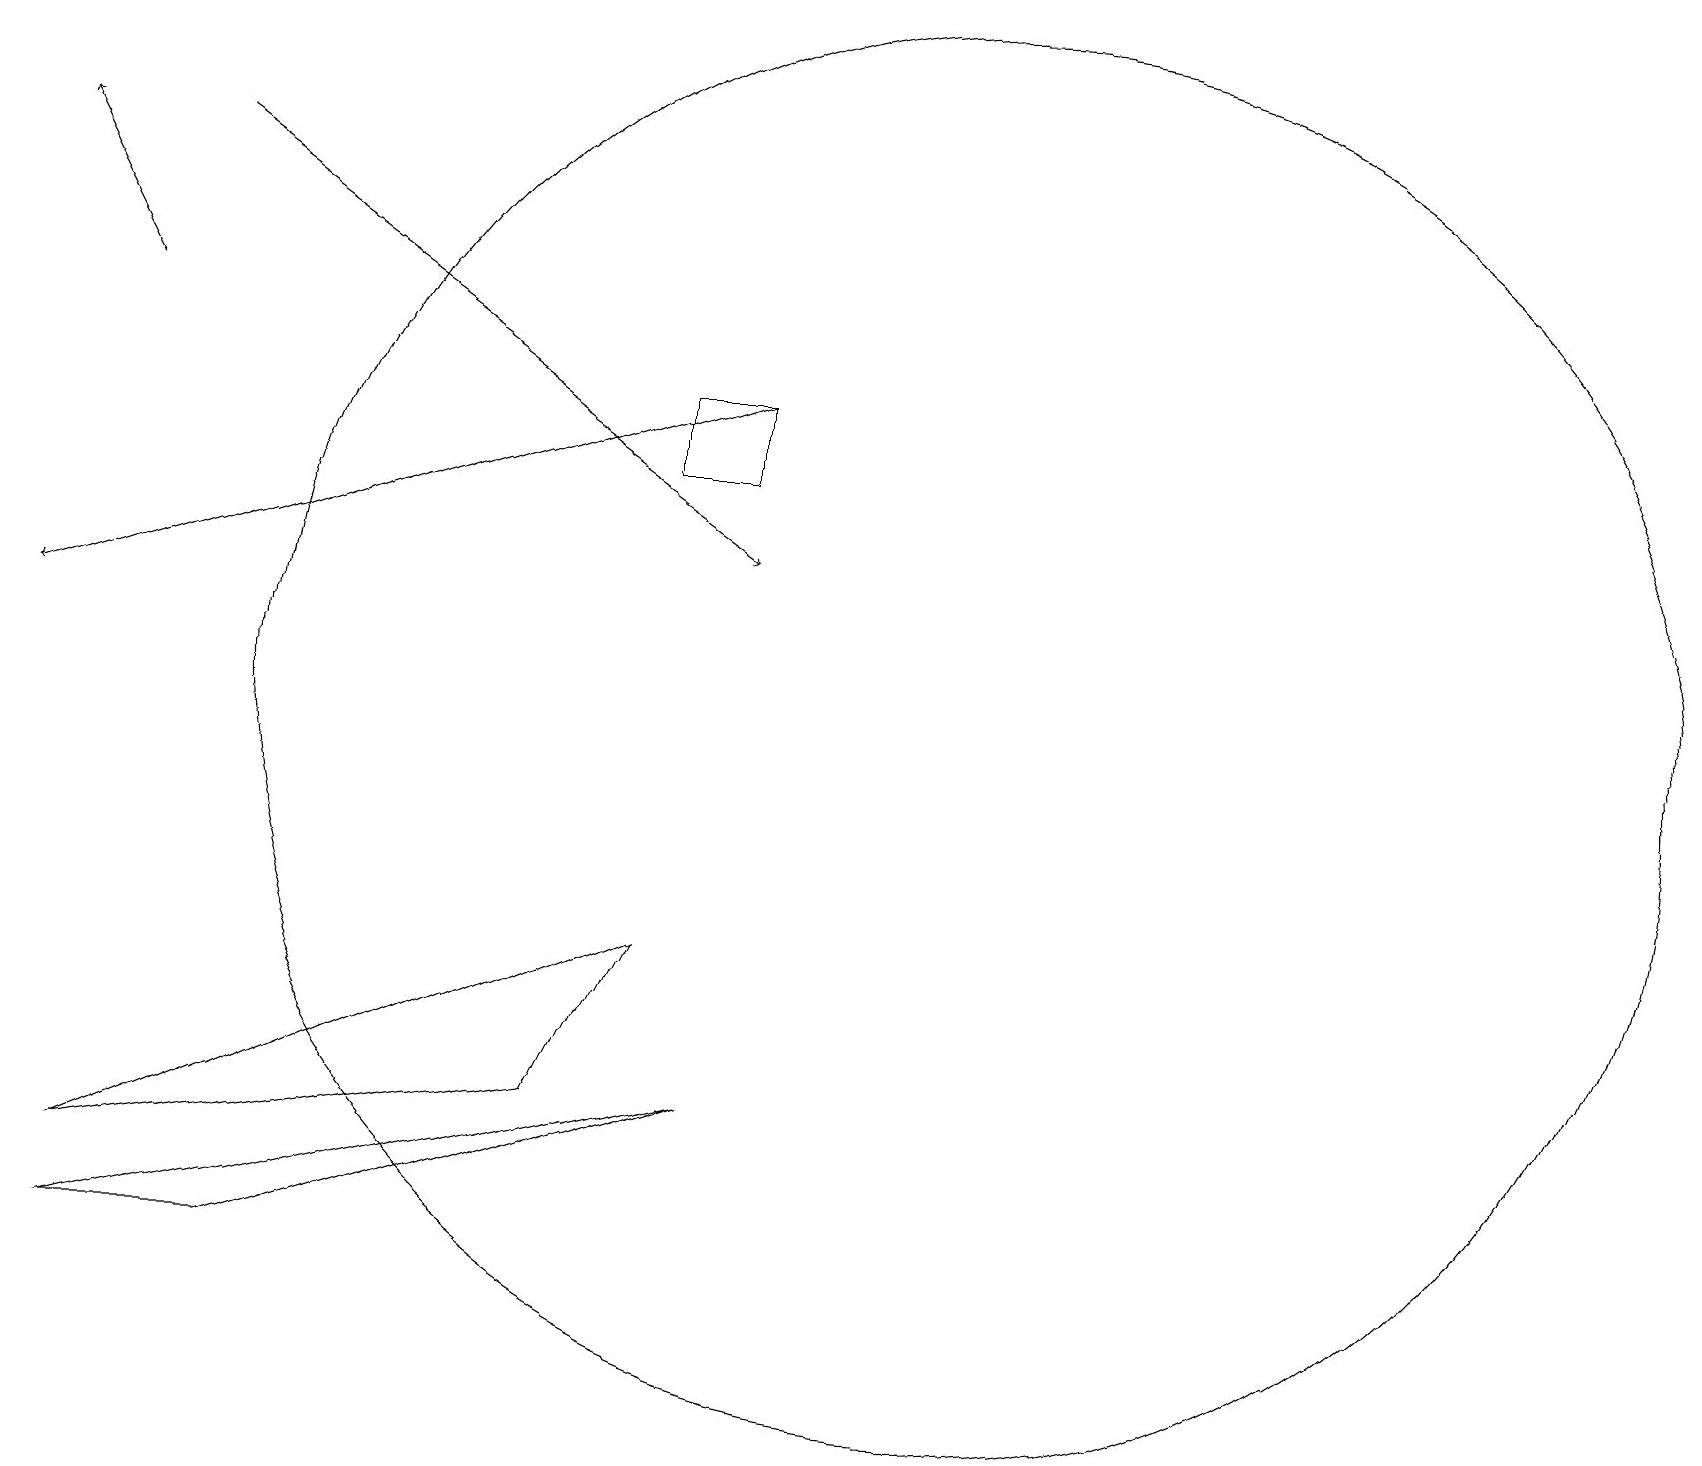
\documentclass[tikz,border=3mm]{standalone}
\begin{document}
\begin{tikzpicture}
\draw (3,3) -- (9,5) -- (1,3) -- cycle;
\draw[->] (2,17) -- (9,12);
\draw (12,10) circle (9);
\draw (8,7) -- (1,4) -- (7,5) -- cycle;
\draw[->] (1,15) -- (0,17);
\draw[->] (9,14) -- (0,11);
\draw (9,13) rectangle (8,14);
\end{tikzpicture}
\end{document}